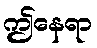
ဤနေရာ